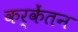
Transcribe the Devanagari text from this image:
कर्केंतन